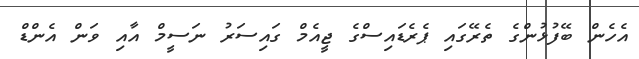
އެހެން ބޭފުޅުންގެ ތެރޭގައި ޕެރެޑައިސްގެ ޖީއެމް ގައިސަރު ނަސީމް އާއި ވަން އެންޑް